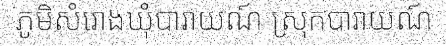
ភូមិសំរោងឃុំបារាយណ៍ ស្រុកបារាយណ៍